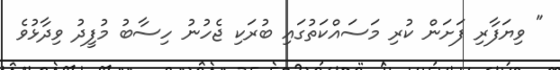
" ވިޔަފާރި ފަށަން ކުރި މަސައްކަތުގައި ބުރަކި ޖެހުނު ހިސާބު މުފީދު ވިދާޅުވެ